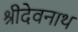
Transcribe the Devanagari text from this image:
श्रीदेवनाथ